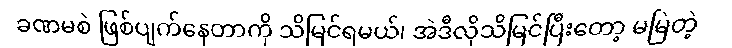
ခဏမစဲ ဖြစ်ပျက်နေတာကို သိမြင်ရမယ်၊ အဲဒီလိုသိမြင်ပြီးတော့ မမြဲတဲ့